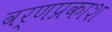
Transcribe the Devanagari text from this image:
वर्णप्रकाश